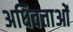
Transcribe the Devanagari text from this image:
अधिवत्ताओं